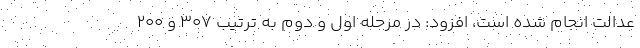
عدالت انجام شده است، افزود: در مرحله اول و دوم به ترتیب ۳۰۷ و ۲۰۰